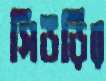
সিউড়ির